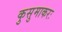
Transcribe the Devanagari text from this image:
कुसुमाकरः